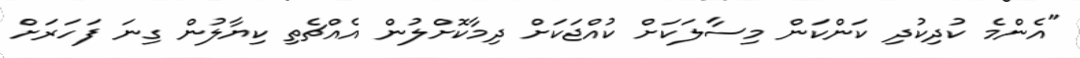
"އެންމެ ކުދިކުދި ކަންކަން މިސާލަކަށް ކުއްޖަކަށް ދިމާކޮށްލުން އެއްޗެތި ކިޔާލުން ގިނަ ފަހަރަށް